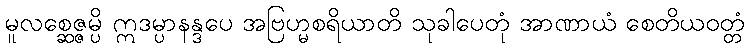
မူလစ္ဆေဇ္ဇမ္ပိ ဣဒမ္ပာနန္ဒပေ အဗြဟ္မစရိယာတိ သုခါပေတုံ အာဏာယံ စေတိယဝတ္တံ